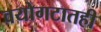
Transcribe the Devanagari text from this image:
वयोगटातही